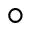
^ \circ